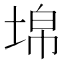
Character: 𡍈